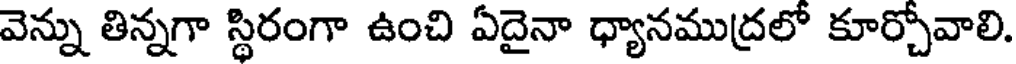
వెన్ను తిన్నగా స్థిరంగా ఉంచి ఏదైనా ధ్యానముద్రలో కూర్చోవాలి.